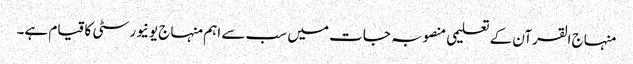
منہاج القرآن کے تعلیمی منصوبہ جات میں سب سے اہم منہاج یونیورسٹی کا قیام ہے۔